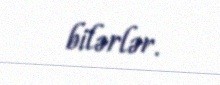
bilərlər.